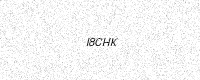
Text: I8CHK